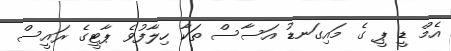
އެމް ޑީ ޕީ ގެ މައިގަނޑު އަސާސް ތަކާ ހިލާފުވެ ޕާޓީގެ ރައީސް